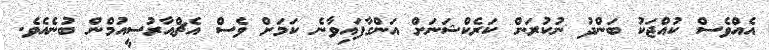
އެއްވެސް ކުއްޖަކު ބަންދު ނުކުރަން ކަރެކްޝަނަށް އަންގާފައިވާނެ ކަމަށް ވެސް އެޗްއާރުސީއުމްން ބުނެއެވެ.